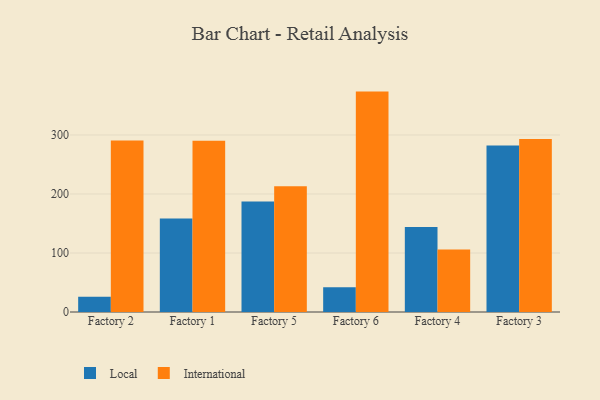
{"axis": {"x": "Factory", "y": "Demand Index"}, "legend": ["International", "Local"], "data": [{"x": "Factory 2", "y": 25.9, "type": "Local"}, {"x": "Factory 2", "y": 290.7, "type": "International"}, {"x": "Factory 1", "y": 158.3, "type": "Local"}, {"x": "Factory 1", "y": 290.1, "type": "International"}, {"x": "Factory 5", "y": 187.3, "type": "Local"}, {"x": "Factory 5", "y": 213.2, "type": "International"}, {"x": "Factory 6", "y": 41.9, "type": "Local"}, {"x": "Factory 6", "y": 373.5, "type": "International"}, {"x": "Factory 4", "y": 144.2, "type": "Local"}, {"x": "Factory 4", "y": 106.0, "type": "International"}, {"x": "Factory 3", "y": 282.0, "type": "Local"}, {"x": "Factory 3", "y": 293.1, "type": "International"}]}